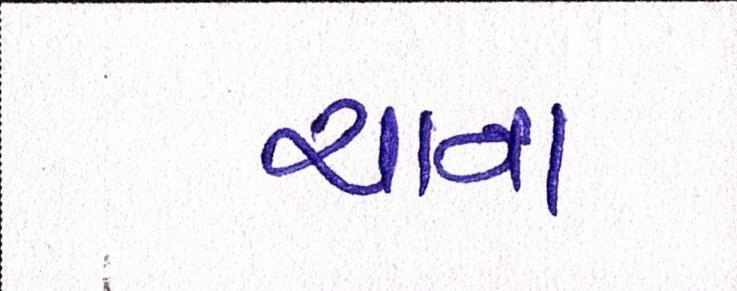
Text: ચાના